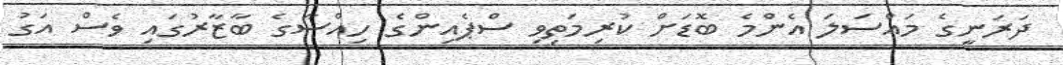
ދަރަނީގެ މައްސަލަ އެންމެ ބޮޑަށް ކުރިމަތިވި ސްޕެއިންގެ ހިއްސާގެ ބާޒާރުގައި ވެސް އަގު